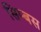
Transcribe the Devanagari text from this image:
सिम्बस